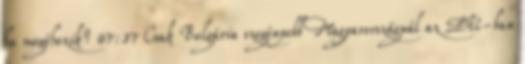
ha megéhezik? 07:37 Csak Bulgária szegényebb Magyarországnál az EU-ban